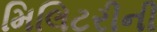
મિલિટરીની